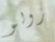
زولو